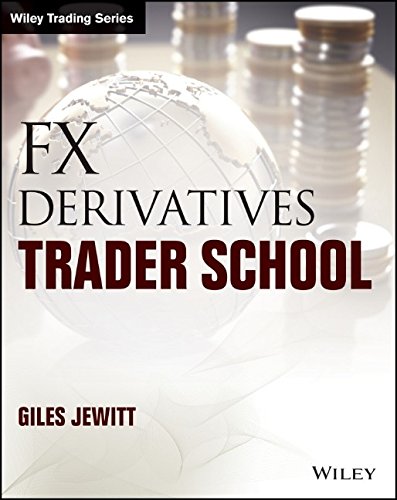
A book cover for FX Derivatives Trader School (Wiley Trading); Giles Jewitt; Business & Money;